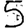
Digit: 5